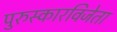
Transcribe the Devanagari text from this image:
पुरुस्कारविजेता